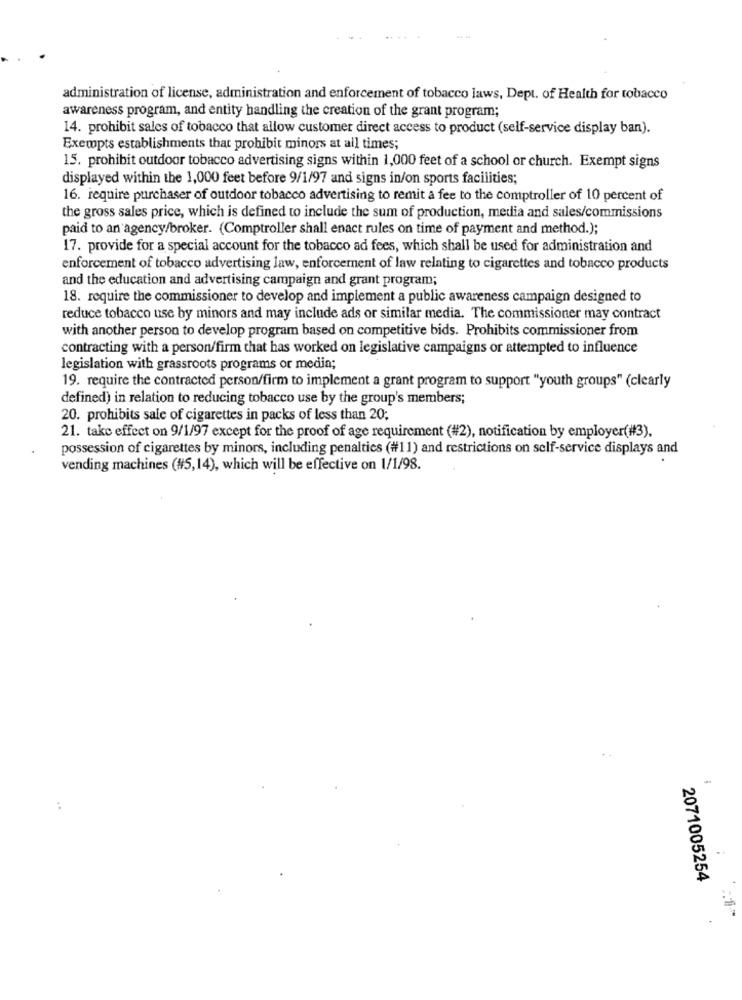
administration of license, administration and enforcement of tobacco laws, Dept. of Health for tobacco
awareness program, and entity handling the creation of the grant program;
14. prohibit sales of tobacco that allow customer direct access to product (self-service display ban).
Exempts establishments that prohibit minors at all times;
15. prohibit outdoor tobacco advertising signs within 1,000 feet of a school or church. Exempt signs
displayed within the 1,000 feet before 9/1/97 and signs in/on sports facilities;
16. require purchaser of outdoor tobacco advertising to remit a fee to the comptroller of 10 percent of
the gross sales price, which is defined to include the sum of production, media and sales/commissions
paid to an agency/broker. (Comptroller shall enact rules on time of payment and method.);
17. provide for a special account for the tobacco ad fees, which shall be used for administration and
enforcement of tobacco advertising law, enforcement of law relating to cigarettes and tobacco products
and the education and advertising campaign and grant program;
18. require the commissioner to develop and implement a public awareness campaign designed to
reduce tobacco use by minors and may include ads or similar media. The commissioner may contract
with another person to develop program based on competitive bids. Prohibits commissioner from
contracting with a person/firm that has worked on legislative campaigns or attempted to influence
legislation with grassroots programs or media;
19. require the contracted person/firm to implement a grant program to support "youth groups" (clearly
defined) in relation to reducing tobacco use by the group's members;
20. prohibits sale of cigarettes in packs of less than 20;
21. take effect on 9/1/97 except for the proof of age requirement (#2), notification by employer(#3).
possession of cigarettes by minors, including penalties (#11) and restrictions on self-service displays and
vending machines (#5,14), which will be effective on 1/1/98.
:
2071005254